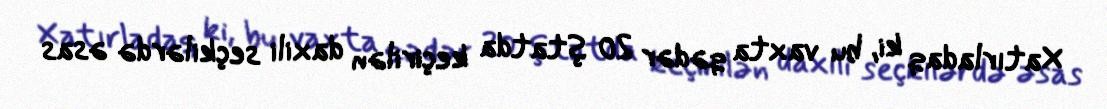
Xatırladaq ki, bu vaxta qədər 20 ştatda keçirilən daxili seçkilərdə əsas